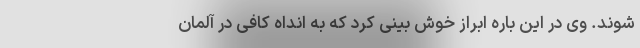
شوند. وی در این باره ابراز خوش بینی کرد که به انداه کافی در آلمان